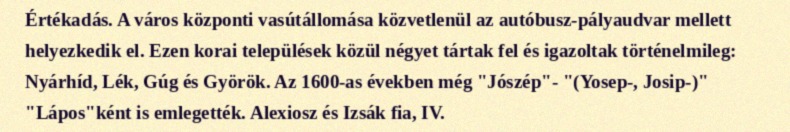
Értékadás. A város központi vasútállomása közvetlenül az autóbusz-pályaudvar mellett helyezkedik el. Ezen korai települések közül négyet tártak fel és igazoltak történelmileg: Nyárhíd, Lék, Gúg és Györök. Az 1600-as években még "Jószép"- "(Yosep-, Josip-)" "Lápos"ként is emlegették. Alexiosz és Izsák fia, IV.